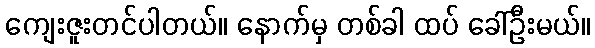
ကျေးဇူးတင်ပါတယ်။ နောက်မှ တစ်ခါ ထပ် ခေါ်ဦးမယ်။